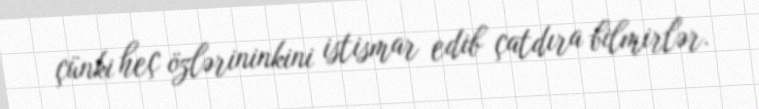
çünki heç özlərininkini istismar edib çatdıra bilmirlər.